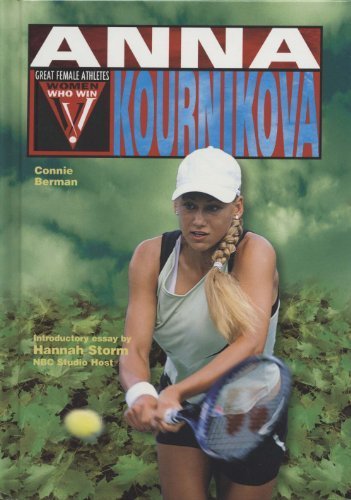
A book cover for Anna Kournikova (WWW) (Women Who Win); Connie Berman; Children's Books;